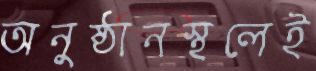
অনুষ্ঠানস্থলেই